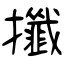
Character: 攕